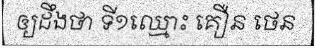
ឲ្យដឹងថា ទី១ឈ្មោះ គឿន ថេន